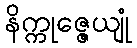
နိက္ကုဇ္ဇေယျုံ